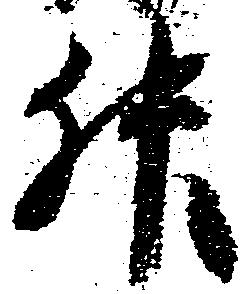
升